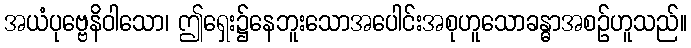
အယံပုဗ္ဗေနိဝါသော၊ ဤရှေး၌နေဘူးသောအပေါင်းအစုဟူသောခန္ဓာအစဉ်ဟူသည်။